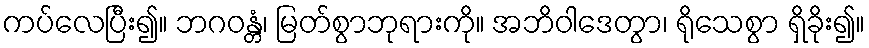
ကပ်လေပြီး၍။ ဘဂဝန္တံ၊ မြတ်စွာဘုရားကို။ အဘိဝါဒေတွာ၊ ရိုသေစွာ ရှိခိုး၍။